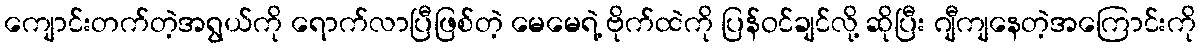
ကျောင်းတက်တဲ့အရွယ်ကို ရောက်လာပြီဖြစ်တဲ့ မေမေရဲ့ ဗိုက်ထဲကို ပြန်ဝင်ချင်လို့ ဆိုပြီး ဂျီကျနေတဲ့အကြောင်းကို